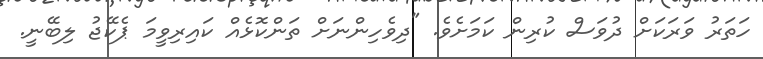
ހަތަރު ވަރަކަަށް ދުވަސް ކުރިން ކަމަށެވެ. "ދިވެހިންނަށް ތަންކޮޅެއް ކައިރިވީމަ ޕެކޭޖު ލިބޭނީ.